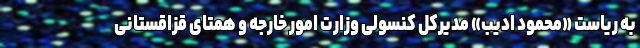
به ریاست «محمود ادیب» مدیرکل کنسولی وزارت امور خارجه و همتای قزاقستانی